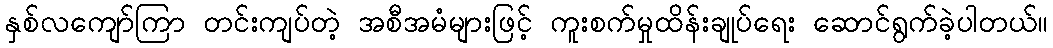
နှစ်လကျော်ကြာ တင်းကျပ်တဲ့ အစီအမံများဖြင့် ကူးစက်မှုထိန်းချုပ်ရေး ဆောင်ရွက်ခဲ့ပါတယ်။